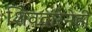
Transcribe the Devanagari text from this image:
शिवदारेनेही